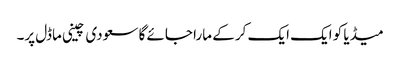
میڈیا کو ایک ایک کر کے مارا جائے گا سعودی چینی ماڈل پر۔